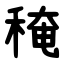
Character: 䅖